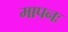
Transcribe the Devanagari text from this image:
मापनः